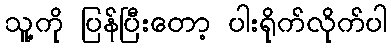
သူ့ကို ပြန်ပြီးတော့ ပါးရိုက်လိုက်ပါ